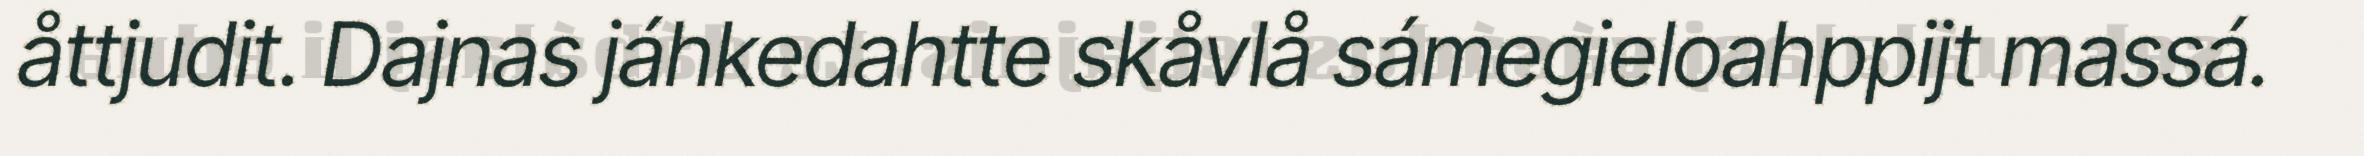
åttjudit. Dajnas jáhkedahtte skåvlå sámegieloahppijt massá.